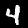
Digit: 4